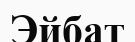
Эйбат